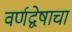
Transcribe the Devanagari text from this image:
वर्णद्वेषाचा